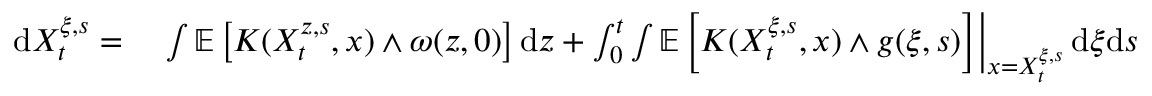
\begin{array} { r l } { \mathrm { d } X _ { t } ^ { \xi , s } = } & { { } \left. \int \mathbb { E } \left[ K ( X _ { t } ^ { z , s } , x ) \wedge \omega ( z , 0 ) \right] \mathrm { d } z + \int _ { 0 } ^ { t } \int \mathbb { E } \left[ K ( X _ { t } ^ { \xi , s } , x ) \wedge g ( \xi , s ) \right] \right| _ { x = X _ { t } ^ { \xi , s } } \mathrm { d } \xi \mathrm { d } s } \end{array}